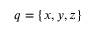
q = \{ x , y , z \}